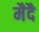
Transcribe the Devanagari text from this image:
मैदै